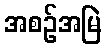
အစဉ်အမြဲ